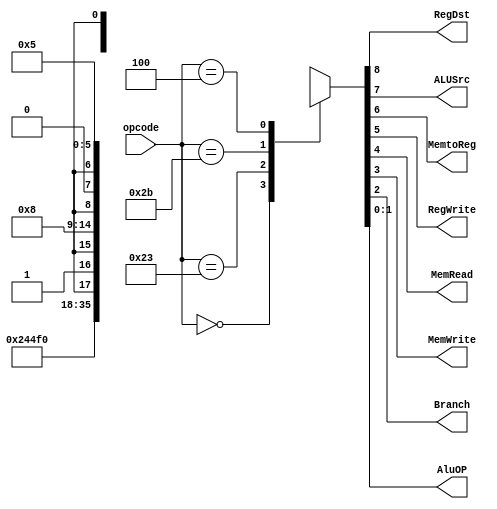
module control(opcode, RegDst, ALUSrc, MemtoReg, RegWrite, MemRead, MemWrite, Branch, AluOP);

input [5:0] opcode;

output reg RegDst;
output reg ALUSrc;
output reg MemtoReg;
output reg RegWrite;
output reg MemRead;
output reg MemWrite;
output reg Branch;

output reg [1:0] AluOP;



always @(opcode) begin
case (opcode)

6'b000000:{RegDst, ALUSrc, MemtoReg, RegWrite, MemRead, MemWrite, Branch, AluOP}=9'b100100_0_10; //r
6'b100011:{RegDst, ALUSrc, MemtoReg, RegWrite, MemRead, MemWrite, Branch, AluOP}=9'b011110_0_00; //lw
6'b101011:{RegDst, ALUSrc, MemtoReg, RegWrite, MemRead, MemWrite, Branch, AluOP}=9'bx1x001_0_00; //sw
6'b000100:{RegDst, ALUSrc, MemtoReg, RegWrite, MemRead, MemWrite, Branch, AluOP}=9'bx0x000_1_01; //beq
default: {RegDst,ALUSrc,MemtoReg,RegWrite,MemRead,MemWrite,Branch,AluOP}=9'bxxx_xxx_x_xx;

endcase

end

endmodule